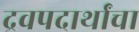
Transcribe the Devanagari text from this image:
द्रवपदार्थांचा